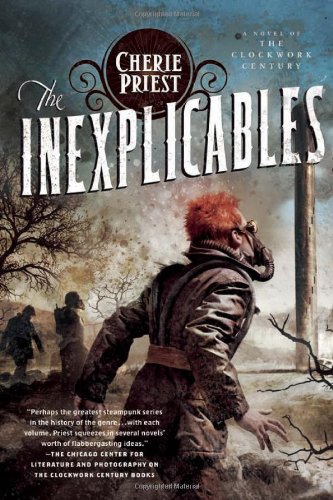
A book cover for The Inexplicables (The Clockwork Century); Cherie Priest; Science Fiction & Fantasy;